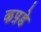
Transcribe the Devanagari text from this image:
कप़डे